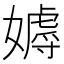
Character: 𡢙